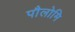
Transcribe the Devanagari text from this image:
पौलोमि